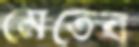
মেতেব